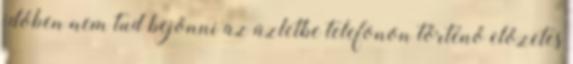
időben nem tud bejönni az üzletbe telefonon történő előzetes